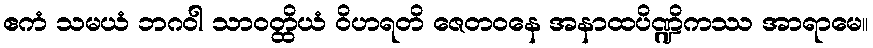
ဧကံ သမယံ ဘဂဝါ သာဝတ္ထိယံ ဝိဟရတိ ဇေတဝနေ အနာထပိဏ္ဍိကဿ အာရာမေ။